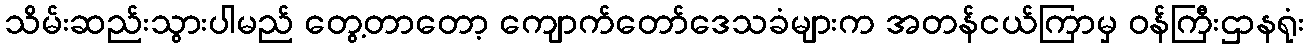
သိမ်းဆည်းသွားပါမည် တွေ့တာတော့ ကျောက်တော်ဒေသခံများက အတန်ငယ်ကြာမှ ဝန်ကြီးဌာနရုံး